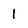
Character: 1